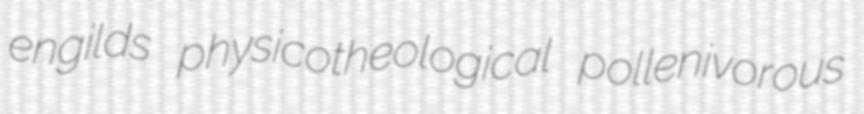
engilds physicotheological pollenivorous